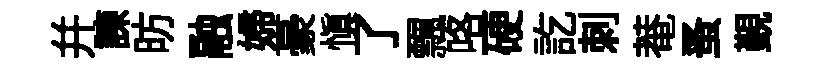
幷諫昉融婦豪慎了飄咯硬訖刺菴蚤覲